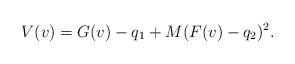
LaTeX: \begin{align*}V(v)=G(v)-q_1+M(F(v)-q_2)^2.\end{align*}